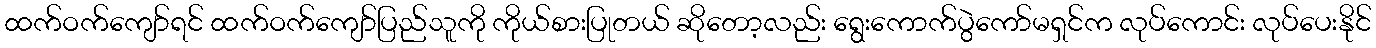
ထက်ဝက်ကျော်ရင် ထက်ဝက်ကျော်ပြည်သူကို ကိုယ်စားပြုတယ် ဆိုတော့လည်း ရွေးကောက်ပွဲကော်မရှင်က လုပ်ကောင်း လုပ်ပေးနိုင်